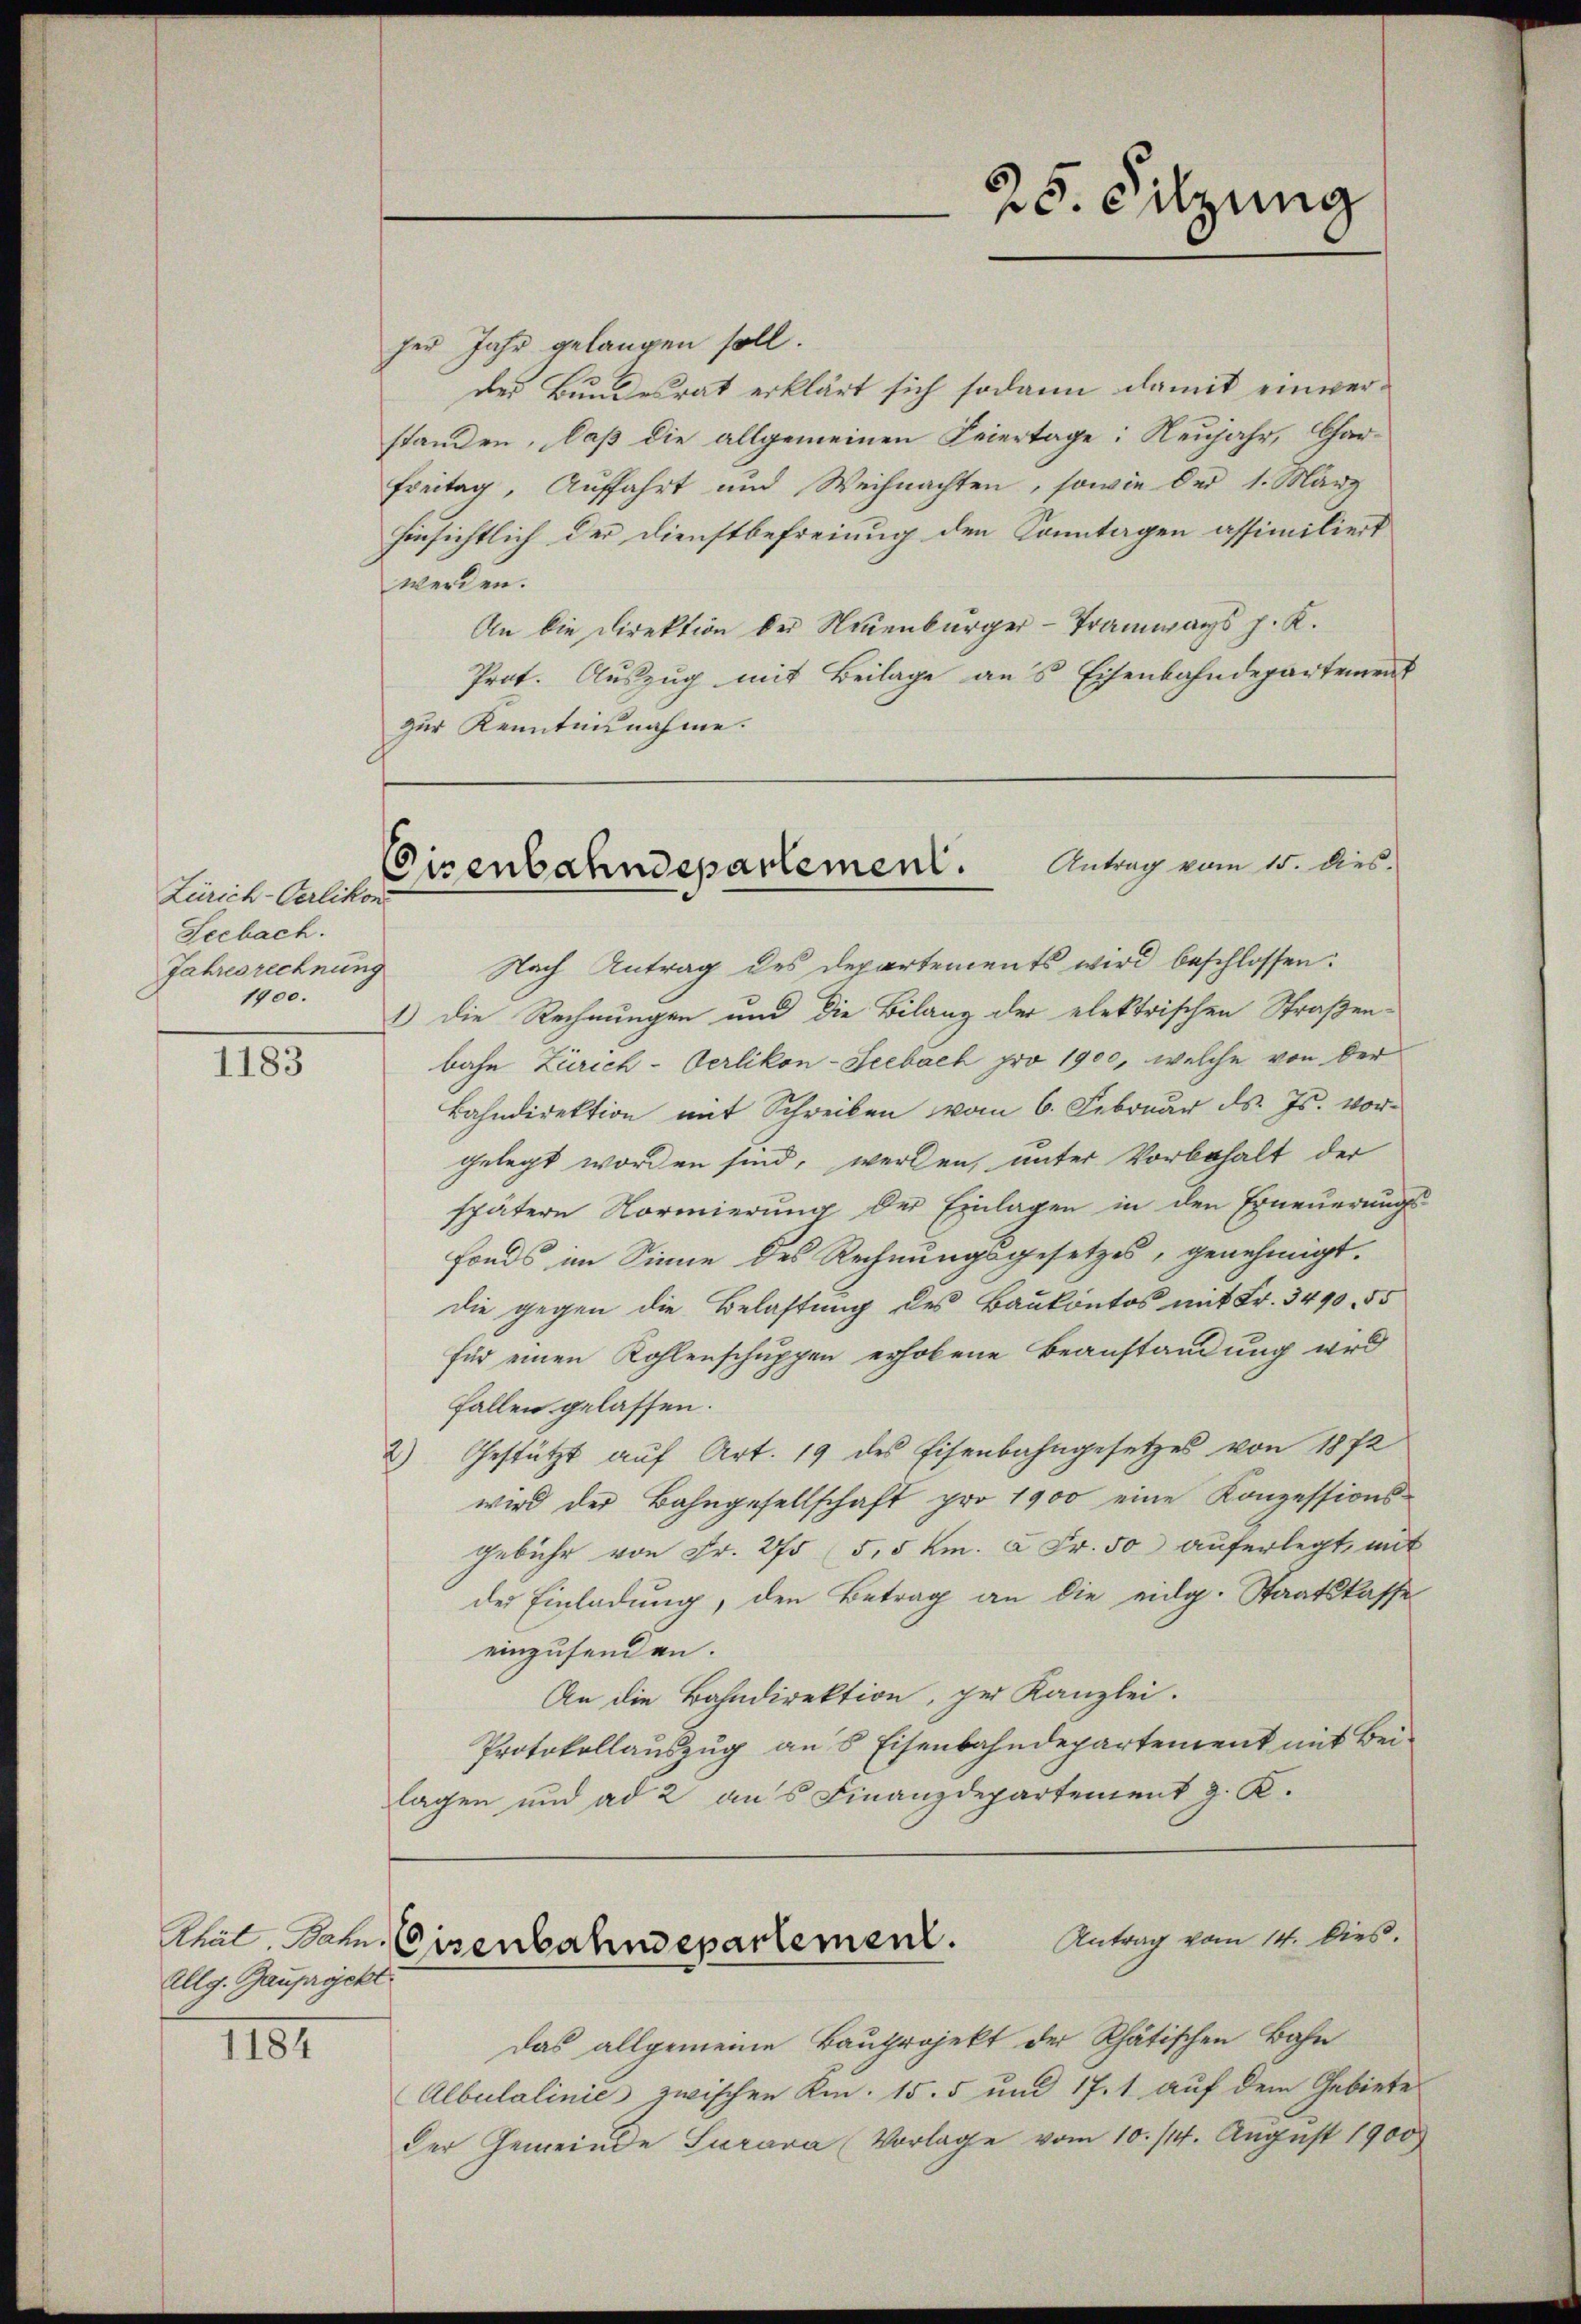
1183

Rhät Bahn.
Allg. Gaupryckt.

1184

Zürich-Verlikon
Seebach.
Jahresrechnung
1900.

her Jahr gelangen soll.
der Bundesrat erklärt sich sodann damit einverstanden, daß die allgemeinen Feiertage: Neujahr, Char-
Freitag, Auffahrt und Weihnachten, sowie der 1. März
hinsichtlich der Dienstbefreiung den Sonntagen assimiliert
werden.
An die Direktion der Neuenburger-Tramways p. K.
Prot. Auszug mit Beilage ans Eisenbahndepartement
zur Kenntnisnahme.

Eisenbahndepartement. Antrag vom 15. dies

Nach Antrag des Departements wird beschlossen:
1.) Die Rechnungen und die Bilanz der elektrischen Straßen-
bahn Zürich-Oerlikon-Seebach pro 1900, welche von der
Bahndirektion mit Schreiben vom 6. Februar d. Js. vor-
gelegt worden sind, werden, unter Vorbehalt der
spätern Normierung der Einlagen in den Erneuerungs¬
Fonds im Sinne des Rechnungsgesetzes, genehmigt.
die gegen die Belastung des Baukontos mit Fr. 3490. 55
für einen Kohlenschuppen erhobene Beanstandung wird
Fallen gelassen.
2) Gestützt aŭf Art. 19 des Eisenbahngesetzes von 1872
wird der Bahngesellschaft pro 1900 eine Konzessions-
gebühr von Fr. 275 (5, 5 km. à Fr. 50 auferlegt, mit
der Einladung, den Betrag an die eidg. Staatskasse
einzusenden.
An die Bahndirektion, der Kanzlei.
Protokollauszug an 8 Eisenbahndepartement mit Beilagen und ad 2 aus Finanzdepartement g. K.
Antrag vom 14. Dies.
Cisenbahndepartement.
Das allgemeine Bauprojekt der Rhätischen Bahn
Albulalinie zwischen Km. 15. 5 und 17. 1 auf dem Gebiete
Der Gemeinde Surara (Vorlage vom 10./14. August 1900

25. Silzung